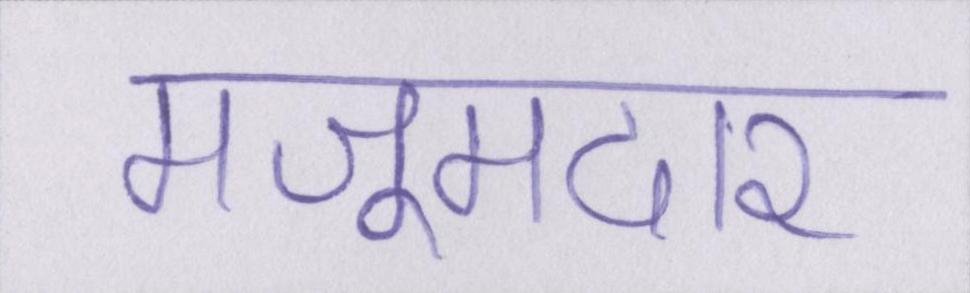
मजूमदार